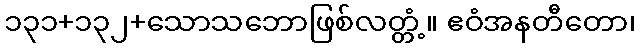
၁၃၁+၁၃၂+သောသဘောဖြစ်လတ္တံ့။ ဧဝံအနတီတော၊